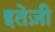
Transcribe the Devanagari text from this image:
इतेज़ी